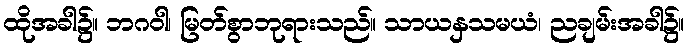
ထိုအခါ၌။ ဘဂဝါ၊ မြတ်စွာဘုရားသည်။ သာယနှသမယံ၊ ညချမ်းအခါ၌။